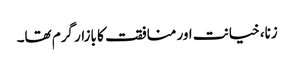
زنا، خیانت اور منافقت کا بازار گرم تھا۔